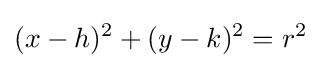
(x-h)^{2}+(y-k)^{2}=r^{2}